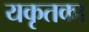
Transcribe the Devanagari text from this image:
यकृतका